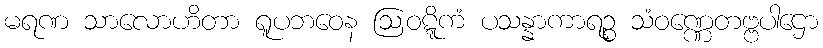
မရဏ သာလောဟိတာ ရူပဘဝေန ဩဝဋ္ဋိကံ ပသန္နာကာရဉ္စ သံဝဏ္ဏေတဗ္ဗပါဌော